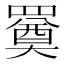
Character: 𦌚